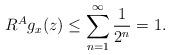
LaTeX: \begin{align*}R^Ag_x(z)\leq\sum_{n=1}^{\infty}\frac{1}{2^n}=1.\end{align*}